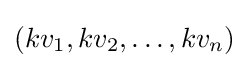
(kv_{1},kv_{2},\dots ,kv_{n})